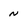
Character: n